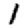
Digit: 1